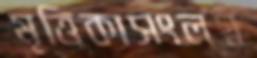
মৃত্তিকাসংলগ্ন